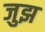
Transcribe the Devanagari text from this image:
जुझ